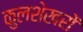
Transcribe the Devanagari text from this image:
कुलशेखरों